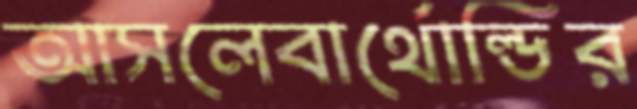
আসলেবার্থোল্ডির